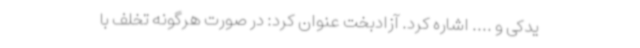
یدکی و .... اشاره کرد. آزادبخت عنوان کرد: در صورت هرگونه تخلف با